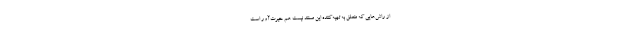
از راش‌هایی که متعلق به تهیه‌کننده این مستند نیست هم حیرت‌آور است